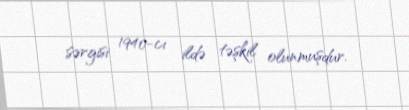
sərgisi 1940-cı ildə təşkil olunmuşdur.